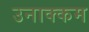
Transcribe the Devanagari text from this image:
उनाक्कम